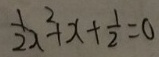
\frac { 1 } { 2 } x ^ { 2 } + x + \frac { 1 } { 2 } = 0